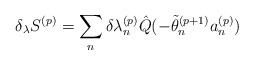
\begin{align*}\delta_{\lambda} S^{(p)} = \sum_{n}^{ } \delta {\lambda_{n}^{(p)}}\hat{Q}(- \tilde{\theta}_{n}^{(p+1)} a_{n}^{(p)} )\end{align*}